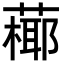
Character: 𦽶